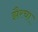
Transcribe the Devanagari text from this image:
झैरचा